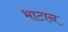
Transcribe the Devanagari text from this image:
भाटान